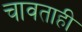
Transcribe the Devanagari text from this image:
चावताही